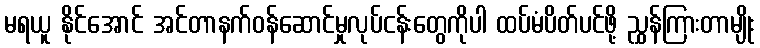
မရယူ နိုင်အောင် အင်တာနက်ဝန်ဆောင်မှုလုပ်ငန်းတွေကိုပါ ထပ်မံပိတ်ပင်ဖို့ ညွှန်ကြားတာမျိုး